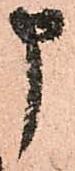
申